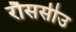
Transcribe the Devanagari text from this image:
रौससीउ